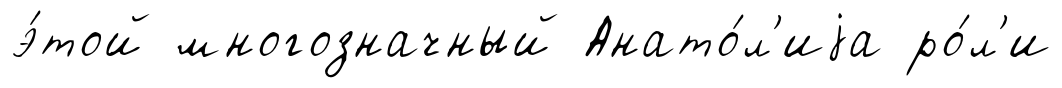
э́той многозначный Анато́л'иjа ро́л'и